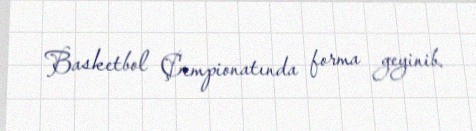
Basketbol Çempionatında forma geyinib.